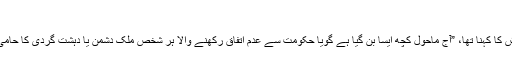
"
ارملیش کا کہنا تھا، ”آج ماحول کچھ ایسا بن گیا ہے گویا حکومت سے عدم اتفاق رکھنے والا ہر شخص ملک دشمن یا دہشت گردی کا حامی ہے۔